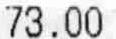
73.00